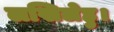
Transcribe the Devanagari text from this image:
लखिलेहु।